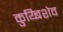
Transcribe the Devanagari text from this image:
कुय्बिशेव